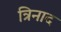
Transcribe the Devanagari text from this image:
त्रिनाद